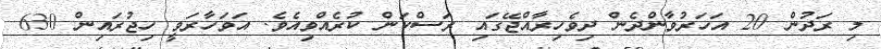
މި ރަދުން 20 އަހަރުވާންދެން ދިވެހިރާއްޖޭގައި ރަސްކަން ކުރެއްވިއެވެ. އަވަހާރަވީ ހިޖުރައިން 630